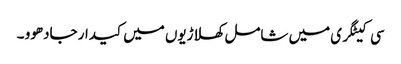
سی کیٹگری میں شامل کھلاڑیوں میں کیدار جادھوو ۔